First report of the anti-malarial operations at Mian Mir, 1901-1903 - Number 6
Year: 1901
Disease focus: Malaria
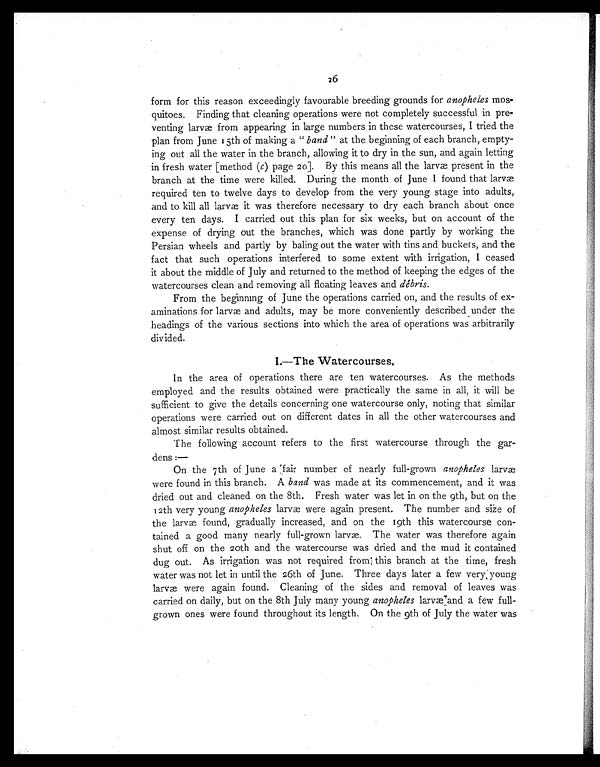
form for this reason exceedingly favourable breeding grounds for anopheles mos-
quitoes. Finding that cleaning operations were not completely successful in pre-
venting larvæ from appearing in large numbers in these watercourses, I tried the
plan from June 15th of making a " band " at the beginning of each branch, empty-
ing out all the water in the branch, allowing it to dry in the sun, and again letting
in fresh water [method (c) page 20]. By this means all the larvæ present in the
branch at the time were killed. During the month of June I found that larvæ
required ten to twelve days to develop from the very young stage into adults,
and to kill all larvæ it was therefore necessary to dry each branch about once
every ten days. I carried out this plan for six weeks, but on account of the
expense of drying out the branches, which was done partly by working the
Persian wheels and partly by baling out the water with tins and buckets, and the
fact that such operations interfered to some extent with irrigation, I ceased
it about the middle of July and returned to the method of keeping the edges of the
watercourses clean and removing all floating leaves and débris.
From the beginning of June the operations carried on, and the results of ex-
aminations for larvæ and adults, may be more conveniently described under the
headings of the various sections into which the area of operations was arbitrarily
divided.
I.—The Watercourses.
In the area of operations there are ten watercourses. As the methods
employed and the results obtained were practically the same in all, it will be
sufficient to give the details concerning one watercourse only, noting that similar
operations were carried out on different dates in all the other watercourses and
almost similar results obtained.
The following account refers to the first watercourse through the gar-
dens :—
On the 7th of June a fair number of nearly full-grown anopheles larvæ
were found in this branch. A band was made at its commencement, and it was
dried out and cleaned on the 8th. Fresh water was let in on the 9th, but on the
12th very young anopheles larvæ were again present. The number and size of
the larvæ found, gradually increased, and on the 19th this watercourse con-
tained a good many nearly full-grown larvæ. The water was therefore again
shut off on the 20th and the watercourse was dried and the mud it contained
dug out. As irrigation was not required from this branch at the time, fresh
water was not let in until the 26th of June. Three days later a few very young
larvæ were again found. Cleaning of the sides and removal of leaves was
carried on daily, but on the 8th July many young anopheles larvæ and a few full-
grown ones were found throughout its length. On the 9th of July the water was